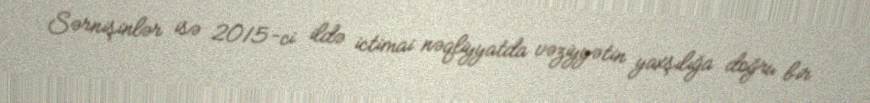
Sərnişinlər isə 2015-ci ildə ictimai nəqliyyatda vəziyyətin yaxşılığa doğru bir